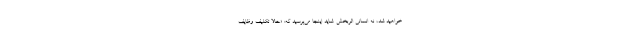
خواهید شد، نه انسانی اثربخش. شاید اینجا می‌پرسید که: «حالا تکلیف وظایف